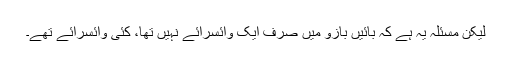
لیکن مسئلہ یہ ہے کہ بائیں بازو میں صرف ایک وائسرائے نہیں تھا، کئی وائسرائے تھے۔